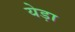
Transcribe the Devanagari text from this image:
येड़ा